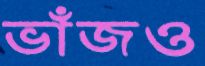
ভাঁজও